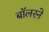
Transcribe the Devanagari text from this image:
बॉलरने